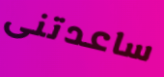
ساعدتنى